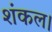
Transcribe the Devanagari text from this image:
शंकल।